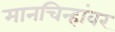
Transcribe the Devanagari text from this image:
मानचिन्हांवर